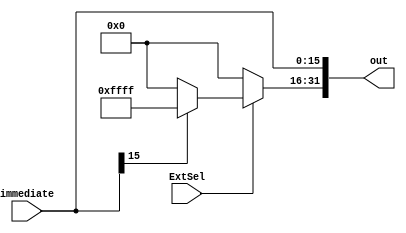
`timescale 1ns / 1ps
//////////////////////////////////////////////////////////////////////////////////
// Company: 
// Engineer: 
// 
// Design Name: 
// Module Name: extend
// Project Name: 
// Target Devices: 
// Tool Versions: 
// Description: 
// 
// Dependencies: 
// 
// Revision:
// Revision 0.01 - File Created
// Additional Comments:
// 
//////////////////////////////////////////////////////////////////////////////////


module extend(immediate, ExtSel, out);
    input [15:0] immediate;
    input ExtSel;
    output [31:0] out;
    assign out[15:0] = immediate;
    assign out[31:16] = ExtSel? (immediate[15]? 16'hffff : 16'h0000) : 16'h0000;//ExSel1ExSel0
endmodule